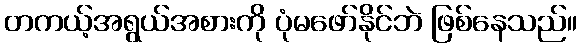
တကယ့်အရွယ်အစားကို ပုံမဖော်နိုင်ဘဲ ဖြစ်နေသည်။